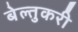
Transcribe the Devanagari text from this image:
बेल्तुकरी